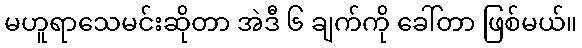
မဟူရာသေမင်းဆိုတာ အဲဒီ ၆ ချက်ကို ခေါ်တာ ဖြစ်မယ်။